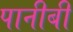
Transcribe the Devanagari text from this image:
पानीबी